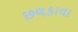
છલકાવા